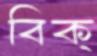
বিক্